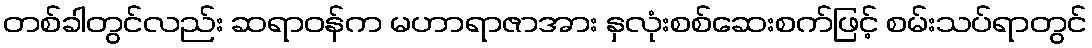
တစ်ခါတွင်လည်း ဆရာဝန်က မဟာရာဇာအား နှလုံးစစ်ဆေးစက်ဖြင့် စမ်းသပ်ရာတွင်